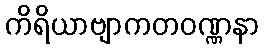
ကိရိယာဗျာကတဝဏ္ဏနာ